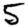
Digit: 5